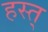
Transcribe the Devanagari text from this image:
हस्त्